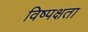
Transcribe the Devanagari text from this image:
विष्पक्षता